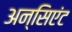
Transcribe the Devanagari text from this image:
अन्सिएंट